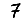
Digit: 7